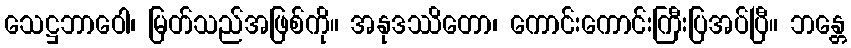
သေဋ္ဌဘာဝေါ၊ မြတ်သည်အဖြစ်ကို။ အနုဒဿိတော၊ ကောင်းကောင်းကြီးပြအပ်ပြီ။ ဘန္တေ